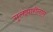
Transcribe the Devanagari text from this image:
गुलझारीलाल